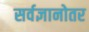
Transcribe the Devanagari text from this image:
सर्वज्ञानोतर